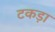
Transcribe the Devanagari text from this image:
टकड़ा